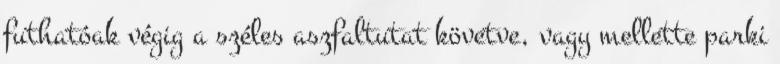
futhatóak végig a széles aszfaltutat követve, vagy mellette parki